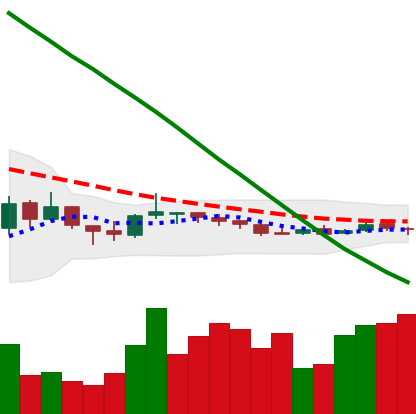
Ticker: NEO-USD
Chart end date: 2018-10-10
Forward return: -10.542%
Label: down_7plus